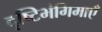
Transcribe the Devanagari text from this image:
दृष्टिभंगिमाएँ